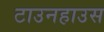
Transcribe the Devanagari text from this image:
टाउनहाउस